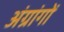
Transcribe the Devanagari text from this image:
अंग्रांगों